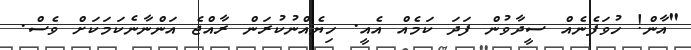
"އާން! ހުވަފެނެއް ސީދާވުން ފަދަ ކަމެއް އެއީ. ހިޔެއްނުކުރަން ރާއްޖެ އަންނާނެކަމަކަށް ވެސް.